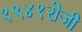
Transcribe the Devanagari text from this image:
१९४१रोजी